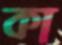
কা